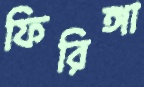
ফিরিঙ্গা